Eesti_Toorahva_Kommuun, lk 49
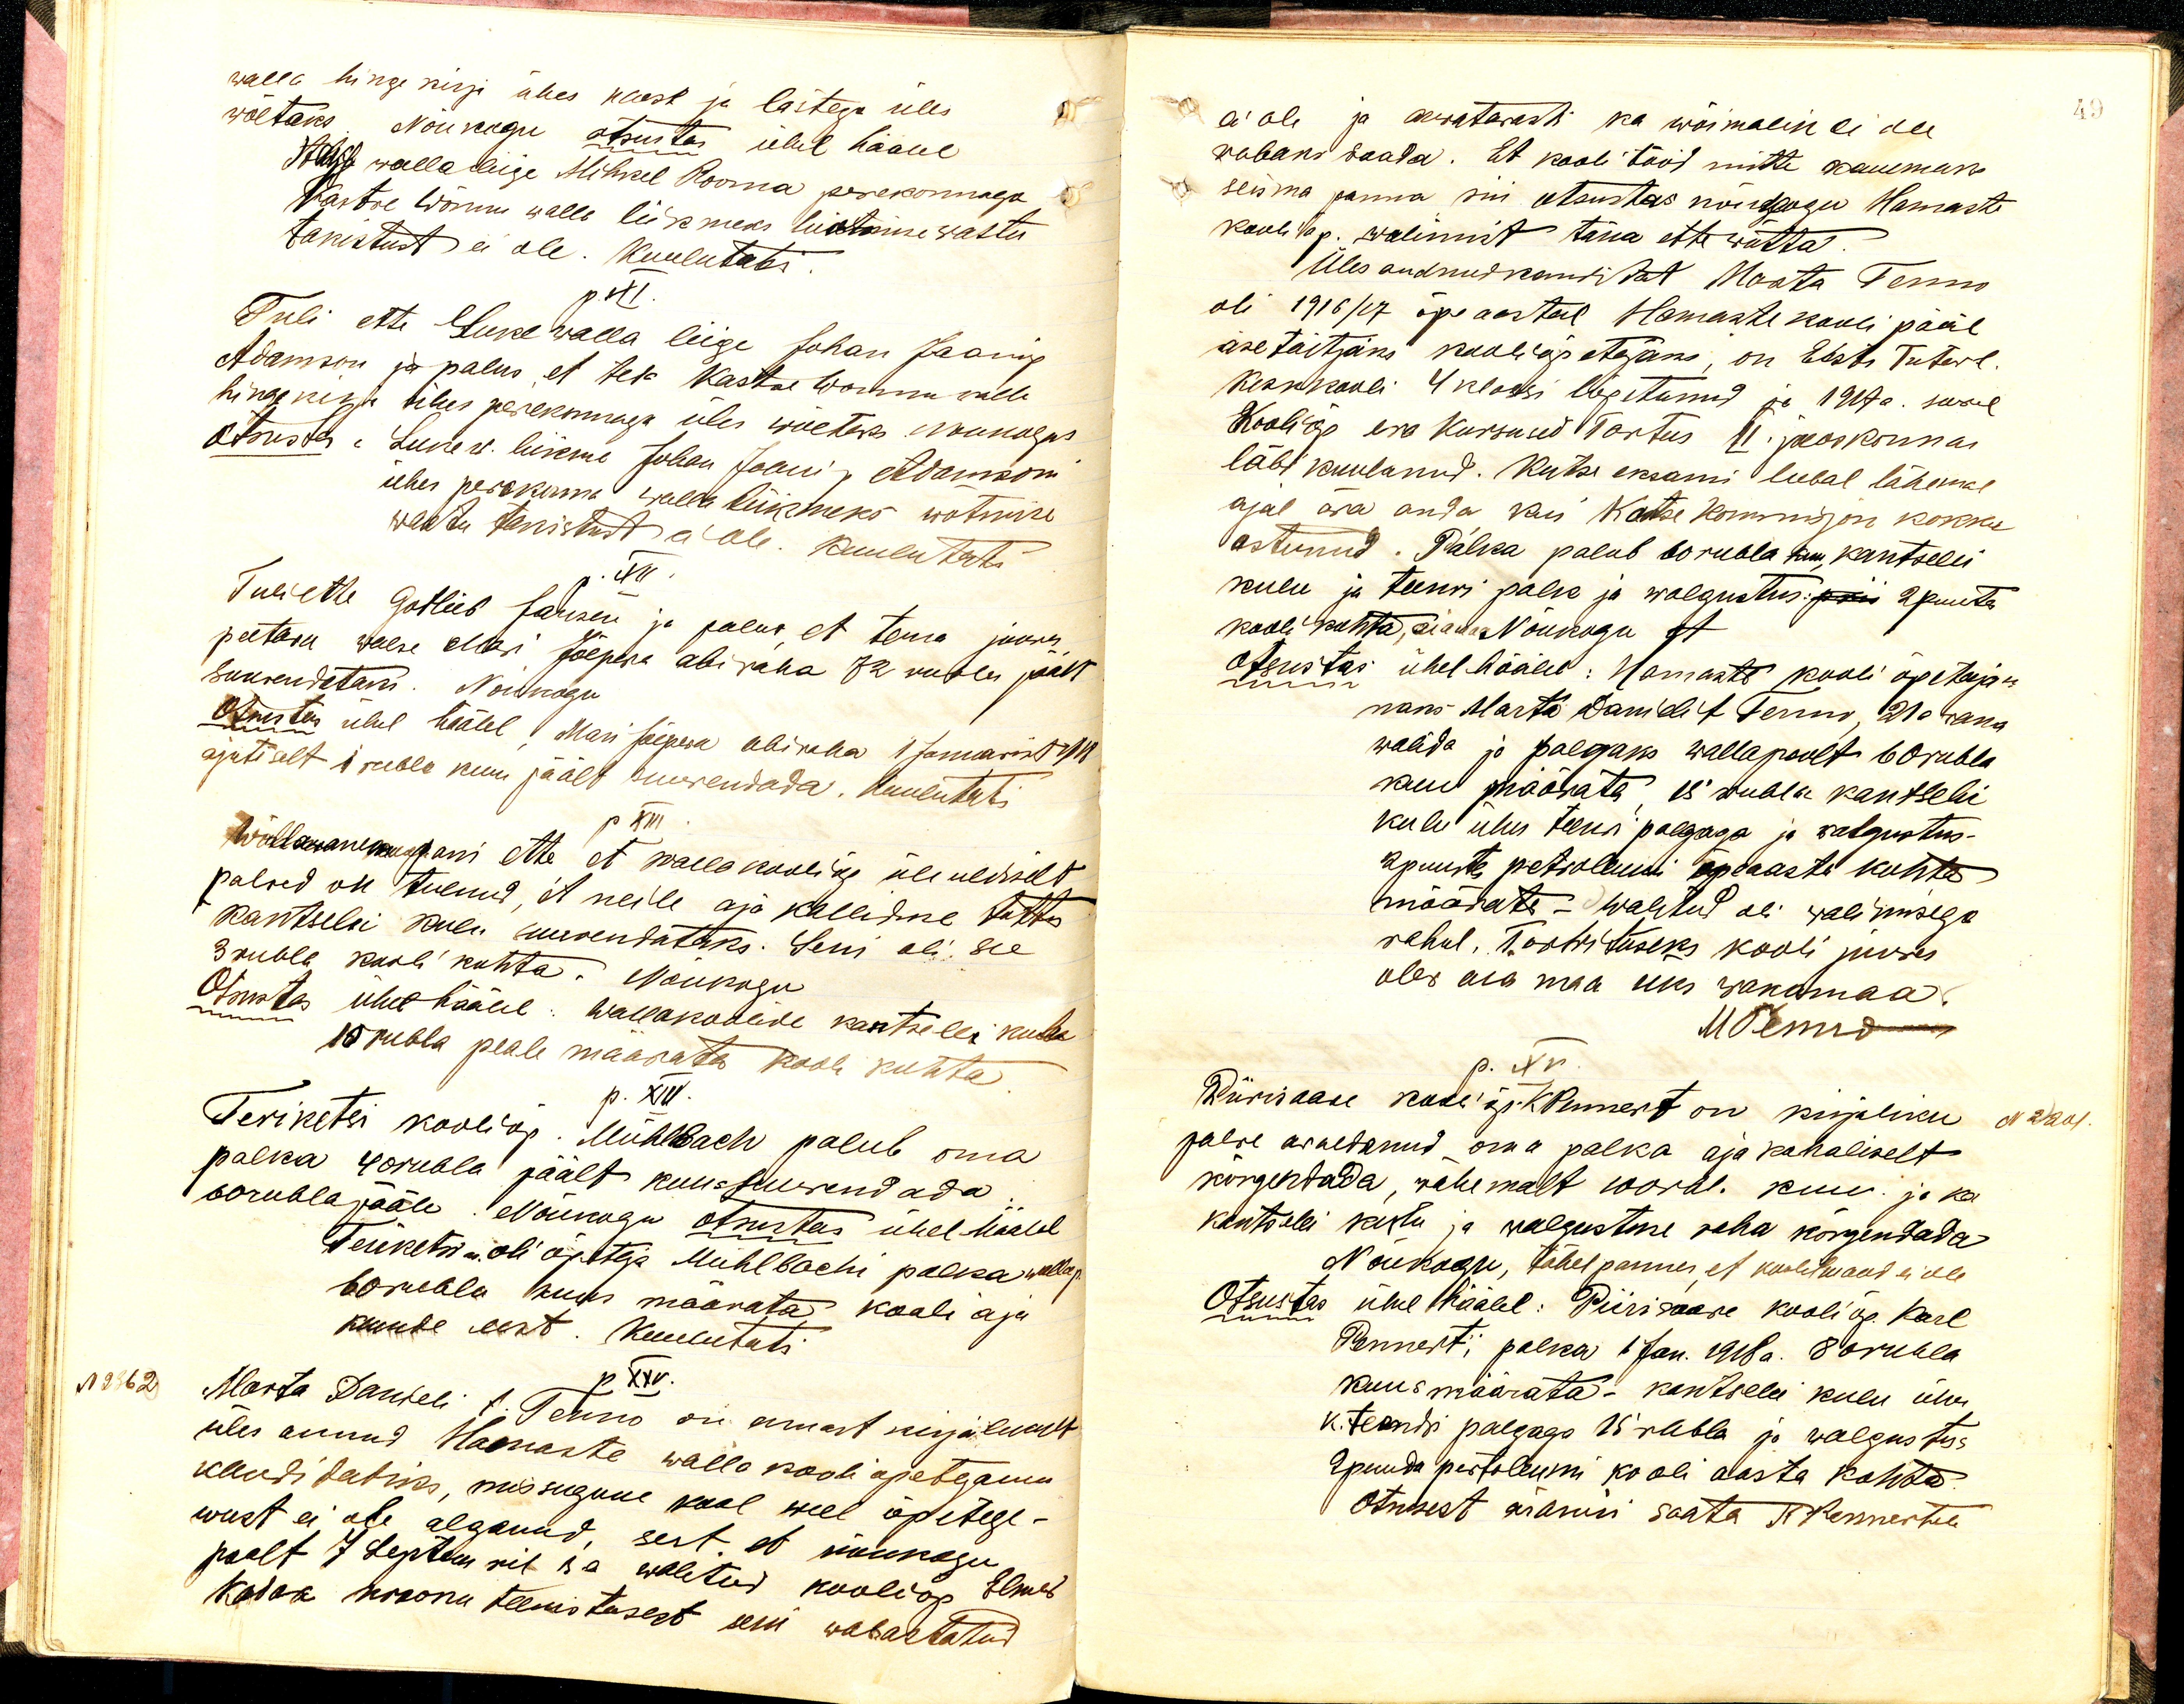
walla hingekirja ühes kaest ja lastega üles
wõetaks Nõukogu otsustas ühel hääle
Käest walla liige Mihkel Rooma perekonnaga
Kastre Wõnnu walla liikmeks liikumise wastu
takistust ei ole. Kuulutati
p.XI.
Tuli ette Luke walla liige Johan Jaani p
Adamson ja palus, et teda Kastre Wonnu walda
hingekirja ühes perekonnaga üles wõetaks. Nõukogus
Otsustas: Luke w. liikme Johan Jaani p Adamsoni
ühes perekonna walla liikmeks wõtmise
wastu takistust ei ole. Kuulutati
p. XII
Tuli ette Gotleib Jansen ja palus, et tema juures
peetava waese Mari Jõepera abiraha 32 rubla päält
suurendataks. Nõukogu
Otsustas ühel häälel Mari Jõepera abiraha 1 Januarist 1918
ajutiselt 1 rubla kuu päält suurendada. kuulutati
p XIII.
Wallawanem pani ette et walla koolide üle üldiselt
palwed on tulnud, et neile aja kalliduse tõttu
kantselei raha suurendataks. Seni oli see
3 rubla kooli kohta. Nõukogu
Otsustas ühel häälel: Wallakoolide kantselei rubla
15 rubla peale määrata kooli kohta
p. XIV.
Teriketsi kooliõp. Mühlbach palub oma
palka 40 rubla päält kuus suurendada.
60 rubla pääle. Nõukogu otsustas ühel häälel
Teriketsi - oli õpetaja Mühlbachi palka wallap.
60 rubla kuus määrata kooli aja
kuude eest. Kuulutati
p XIV.
N 2362
Marta Danieli t. Tenno on ennast kirjalikult
üles annud Hamaste walla kooli apeterium
ikundi lahks, missugune kool weel õppetege-
wust ei ole alganud, sest et nõukogu
poolt 7 Septem ril s.a walitud kooliõp Elmes
Kadak kroonu teenistusest seni wabastatud

49

ei ole ja arwatawasti ka wõimalik ei ole.
wabaks saada. Et kooli tööd mitte kauemaks
seisma panna nii otsustas nõukogu Hamaste
kooli õp. walimist täna ette wõtta.
Üles andnud kandidat Marta Tenno
oli 1916/17 õpe aastal Hamaste kooli pääl
ase täitjaks kooliõpetajaks, on Eesti tütarl
Keskkooli 4 klassi lõpetanud ja 1917 a. suwel
Kooliõp era kursused Tartus II. jaoskonnas
läbi kuulanud. Kutse eksami lubal lähemal
ajal ära anda, kui Kastre Kommisjon kokku
astunud. Palka palub 60 rubla kuu, kantselei
kulu ja teenri palk ja walgustus: prii 2 puuta
kooli kohta, aiamaa Nõukogu et
otsustas ühel hääle: Hamaste kooli õpetaja-
nans Marta Danieli t. Tenno, 21a. wana
walida ja palgaks walla poolt 60 rubla
kuu määrata, 18 rubla kantselei
kulu ühes teeks palgaga ja walgustus-
2 puuta petroleumi õpeaasta kohta
määrata - walitud oli walimisega
rahul, Toobrituseks kooli juures.
olew aia maa üks wakamaa
MTenno
p. XV
Piirisaare kooli õp. K. Pennert on kirjaliku
N 2201
palwe awaldanud oma palka aja kohaliselt
kõrgendada, wähemalt 100 rbl. kuu ja ka
kantselei kulu ja walgustuse raha kõrgendada
Nõukogu, tähelpannes, et koolit maad ei ole
Otsustas ühel häälel: Piirisaare kooli õp. Karl
Pennerti palka 1 Jan. 1918 a. 80 rubla
kuus määrata kantselei kulu ühes
k. teandi palgaga 15 rubla ja walgustus
2 puuda pertoleumi kooli aasta kohta.
Otsusest ärakiri saata K. Pennertile